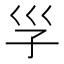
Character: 㜽